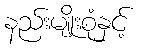
နည်းမျိုးစုံနှင့်